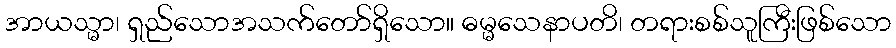
အာယသ္မာ၊ ရှည်သောအသက်တော်ရှိသော။ ဓမ္မသေနာပတိ၊ တရားစစ်သူကြီးဖြစ်သော